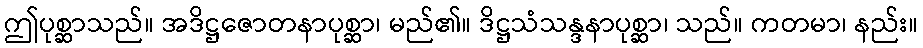
ဤပုစ္ဆာသည်။ အဒိဋ္ဌဇောတနာပုစ္ဆာ၊ မည်၏။ ဒိဋ္ဌသံသန္ဒနာပုစ္ဆာ၊ သည်။ ကတမာ၊ နည်း။